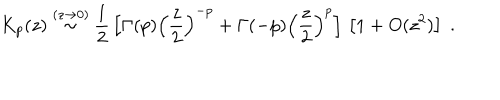
K _ { p } ( z ) \stackrel { ( z \rightarrow 0 ) } { \sim } \frac { 1 } { 2 } \, \left[ \Gamma ( p ) \left( \frac { z } { 2 } \right) ^ { - p } + \Gamma ( - p ) \left( \frac { z } { 2 } \right) ^ { p } \right] \, \left[ 1 + O ( z ^ { 2 } ) \right] \; .